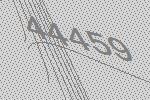
44459